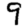
Digit: 9